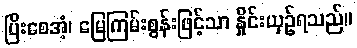
ပြိးစေအံ့၊ မြေကြမ်းစွန်းဖြင့်သာ နှိုင်းယှဉ်ရသည်။